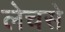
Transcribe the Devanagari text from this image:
लेचसे